Civil Veterinary Dept. North-West Frontier Province 1923-32 - 1923-1932
Year: 1923
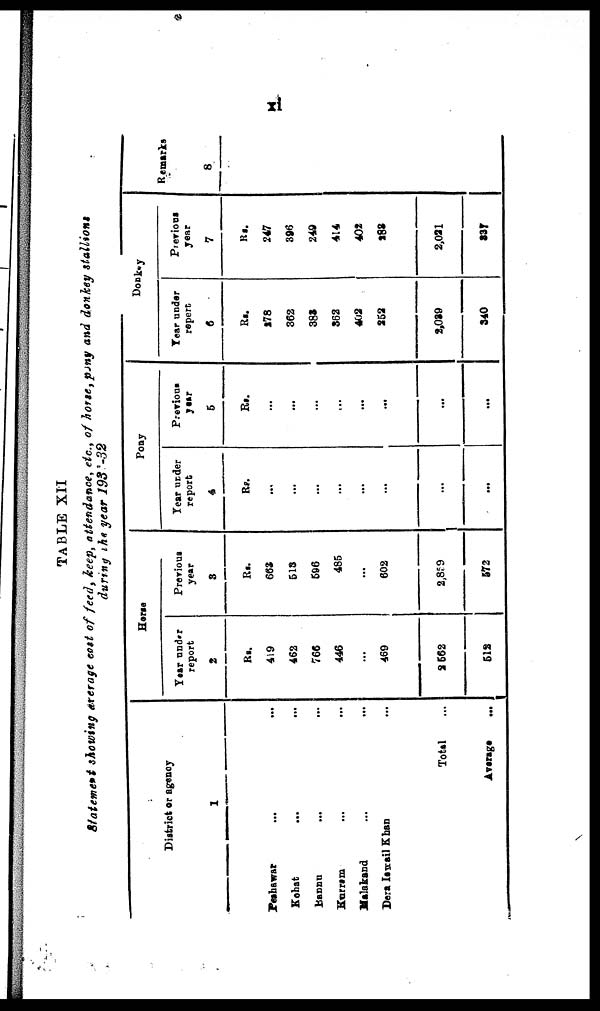
xi
TABLE XII
Statement showing average cost of feed, keep, attendance, etc., of horse, pony and donkey stallions
during the year 1931-32
District or agency
1
Peshawar ... ...
Kohat ... ...
Banna
...
Kurram … …
Malakand … …
Dera Ismail Khan …
Total …
Average
...
Horse
Year under
report
2
Rs.
419
462
766
446
...
469
2562
512
Previous
year
3
Rs.
663
513
596
485
...
602
2,859
572
Pony
Year under
report
4
Rs.
…
…
…
…
…
…
...
...
Previous
year
5
Rs.
...
...
...
...
...
...
...
...
Donkey
Year under
report
6
Rs.
278
362
383
362
403
252
2,039
340
Previous
year
7
Rs.
247
396
249
414
402
188
2,021
237
Remarks
8